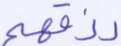
رزقهم